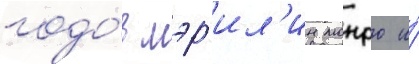
годо́в мэр'ил'ин монро и́